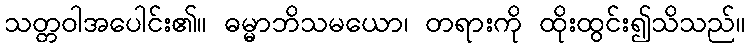
သတ္တဝါအပေါင်း၏။ ဓမ္မာဘိသမယော၊ တရားကို ထိုးထွင်း၍သိသည်။